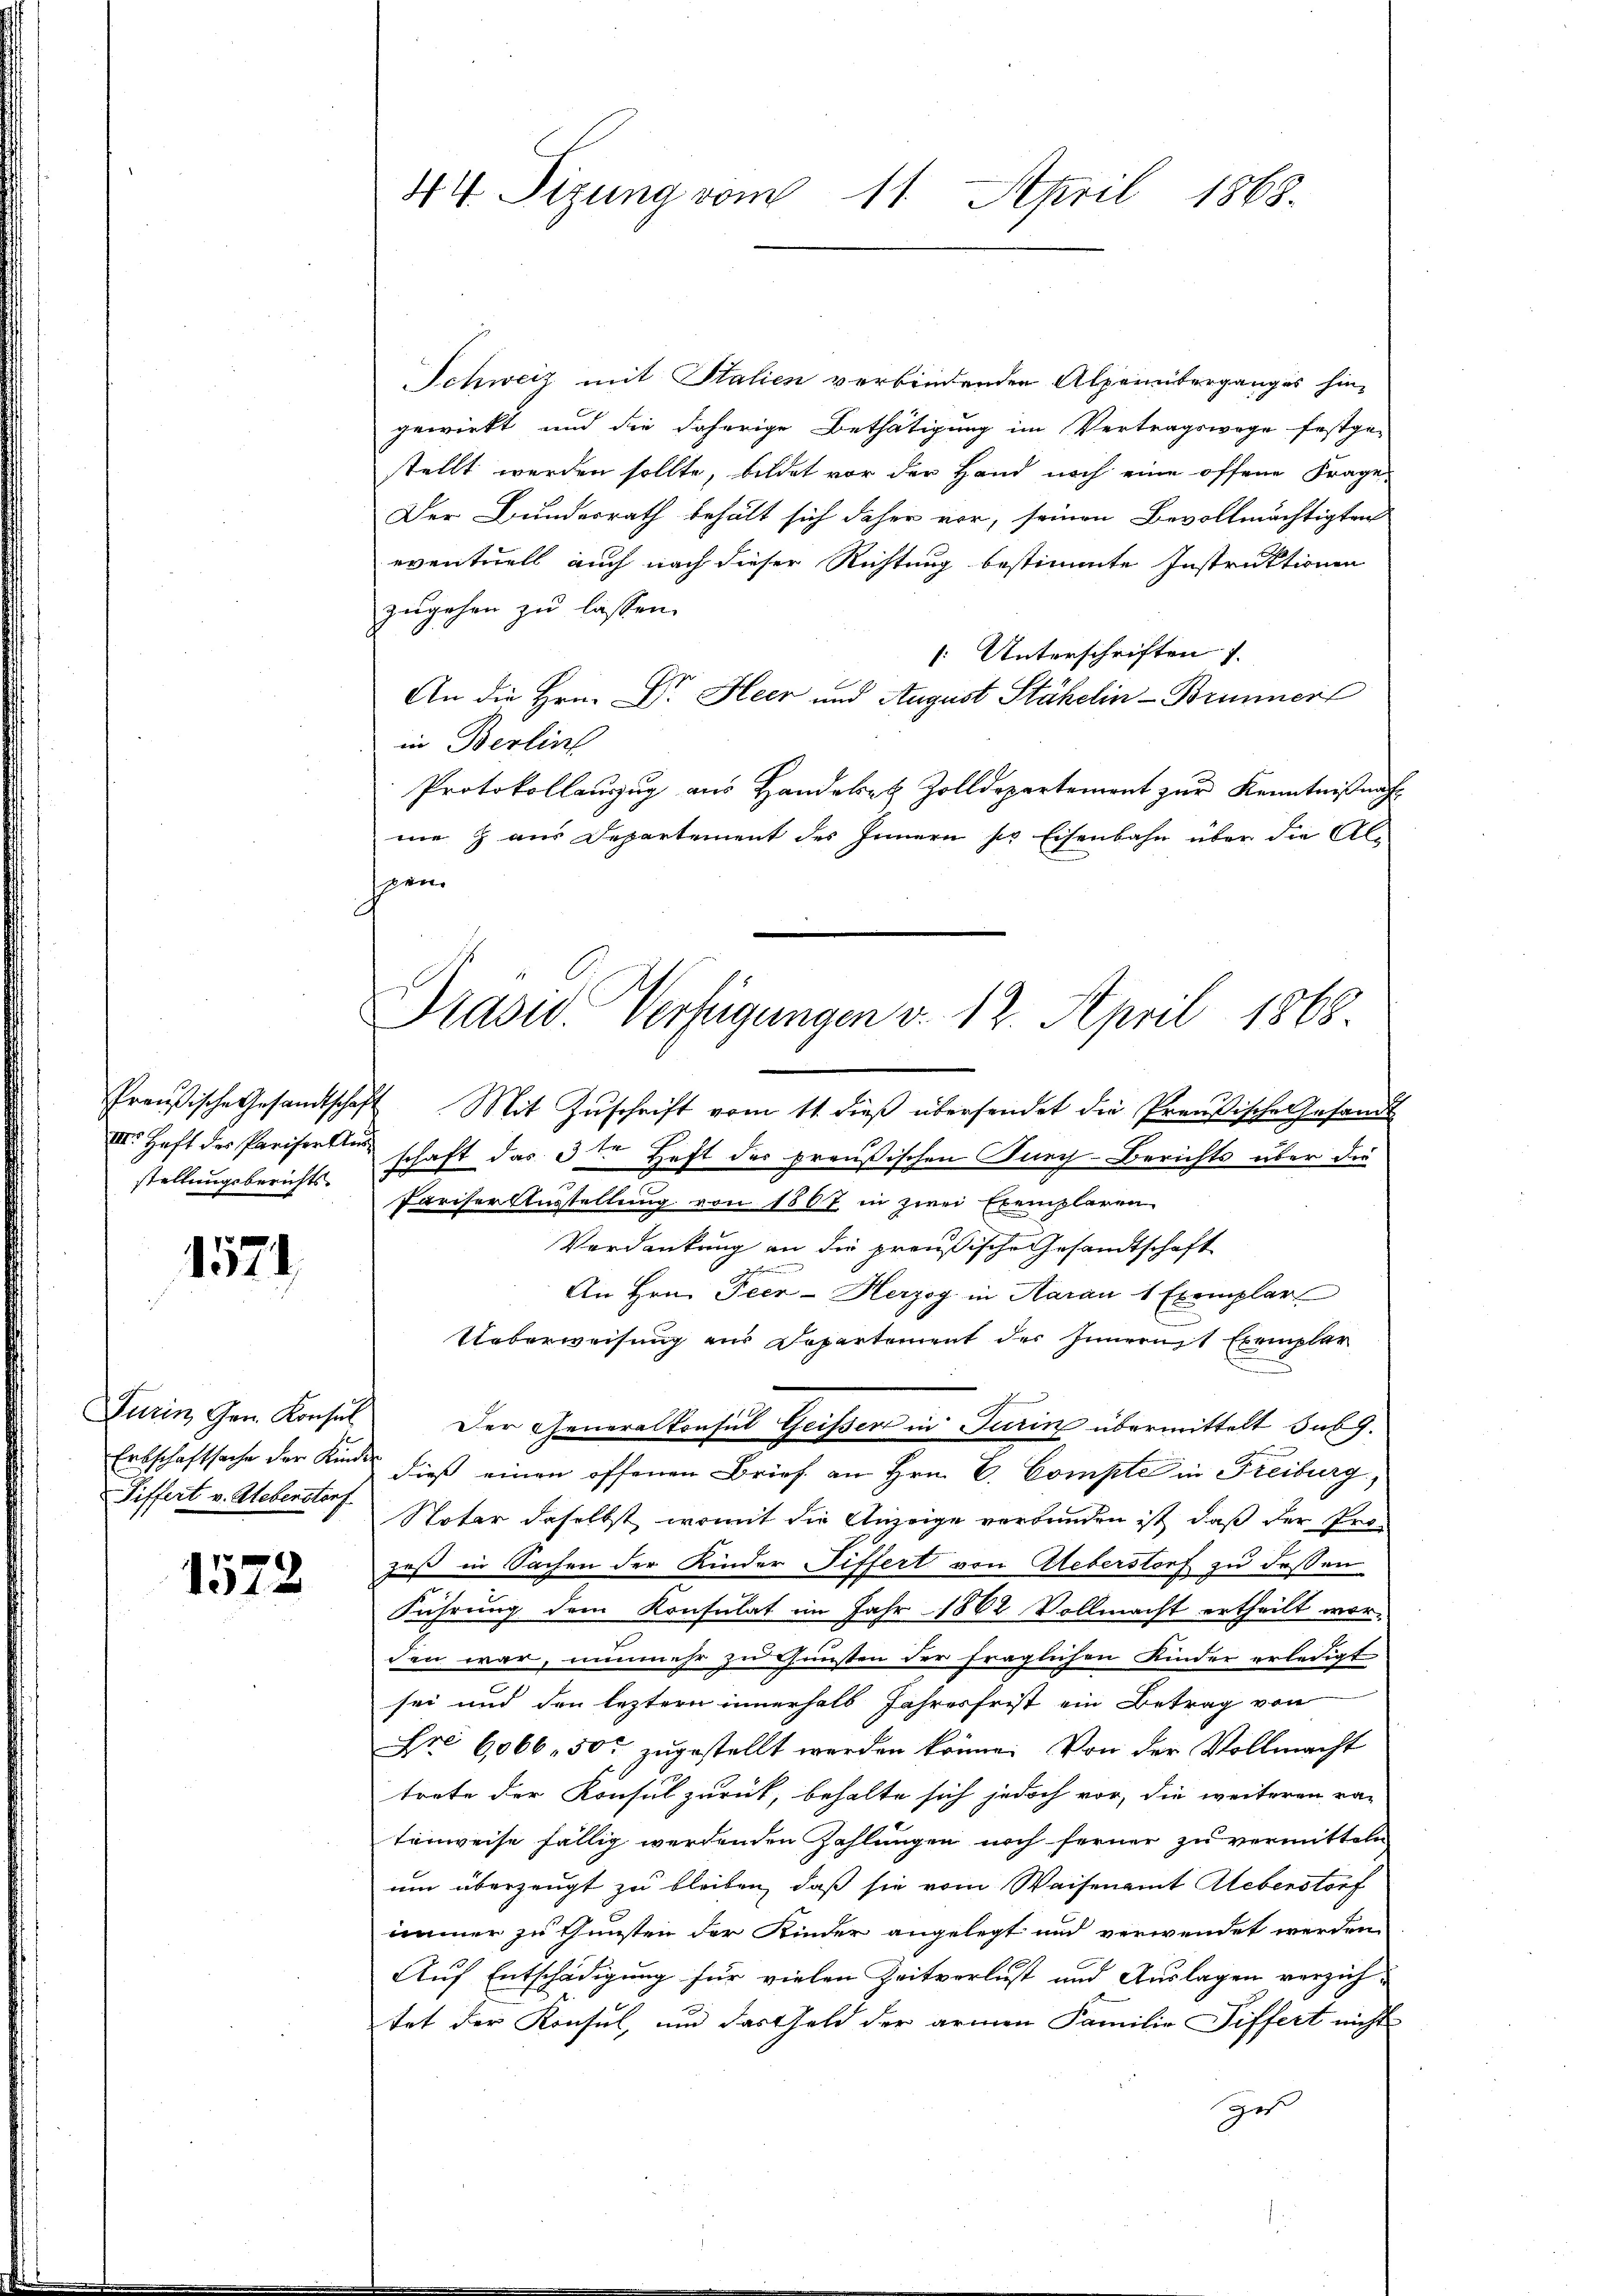
stellungsberichts¬

1571

Erbschaftsache der Kinder

1572

44 Sizung vom 11. April 1868.

Schweiz mit Stalien verbindenden Alpeniterganges hin-
gewirkt und die daherige Bethätigung im Vertragswage festge-
stellt werden sollte, bildet vor der Hand noch eine offene Frage,
Der Bunderrath behält sich daher vor, seinen Bevollmächtigkeit
eventuell auch nach dieser Richtung bestimmte Instruktionen
zugehen zu lassen.
[Unterschriften 7.
An die Hrn. Dr. Heer und August Stähelin - Brunner
in Berlin
Protokollauszug aus Handerath Zolldepartement zur Kenntnißnahme & aus Departement des Innern so Eisenbahn über die Alharm
Preußische Gesandtschaft Mit Zŭschrift vom 11. dieβ übersendet die Preußische Gesandt
III. Haft des Pariserten schaft das 3ten Heft der preußischen Juny-Berichts über die
Pariser Ausstellung von 1807 in zwei Exemplaren
Verdankung an die preußische Gesamtschaft
e
p
An Hrn. Peer-Herzog in Aarau 1 Exemplar
Ueberweisung aus Departement des Innernst Exemplar
Turin Gen. Konsul der Generalkonsil Geissen in Turin übermittelt sub.
dieß einen offenen Brief an Hrn. C. Compte in Freiburg,
Differt v. Heberstorf Noter daselbst, womit die Anzeige verbunden ist, daß der Prozeß in Sachen der Kinder Differt von Ueberstorf zu dessen
Führung dem Konsulat im Jahr 1862 Vollmacht ertheilt worden war, nunmehr zu Gunsten der fraglichen Kinder erledigt
sei und den leztern innerhalb Jahresfrist ein Betrag von
Fre 6066,500 zugestellt werden könne. Von der Vollmacht
trete der Konsul zurück, behalte sich jedoch vor, die weiteren ra-
tenweise fällig werdenden Zahlungen noch ferner zu vermitteln
um überzeugt zu bleiben, daß sie vom Waisenamt Ueberstorf
immer zu Gunsten der Kinder angelegt und verwendet werden
Auf Entschädigung für vielen Zeitverlust und Auslagen verzichtet der Konsul, und das Geld der armen Familie Siffert nicht
ges

Präsid. Verfügungen v. 12. April 1868